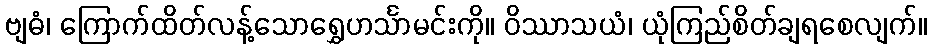
ဗျဓံ၊ ကြောက်ထိတ်လန့်သောရွှေဟင်္သာမင်းကို။ ဝိဿာသယံ၊ ယုံကြည်စိတ်ချရစေလျက်။